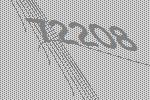
72208